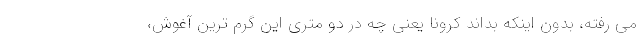
می رفته، بدون اینکه بداند کرونا یعنی چه در دو متری این گرم ترین آغوش،